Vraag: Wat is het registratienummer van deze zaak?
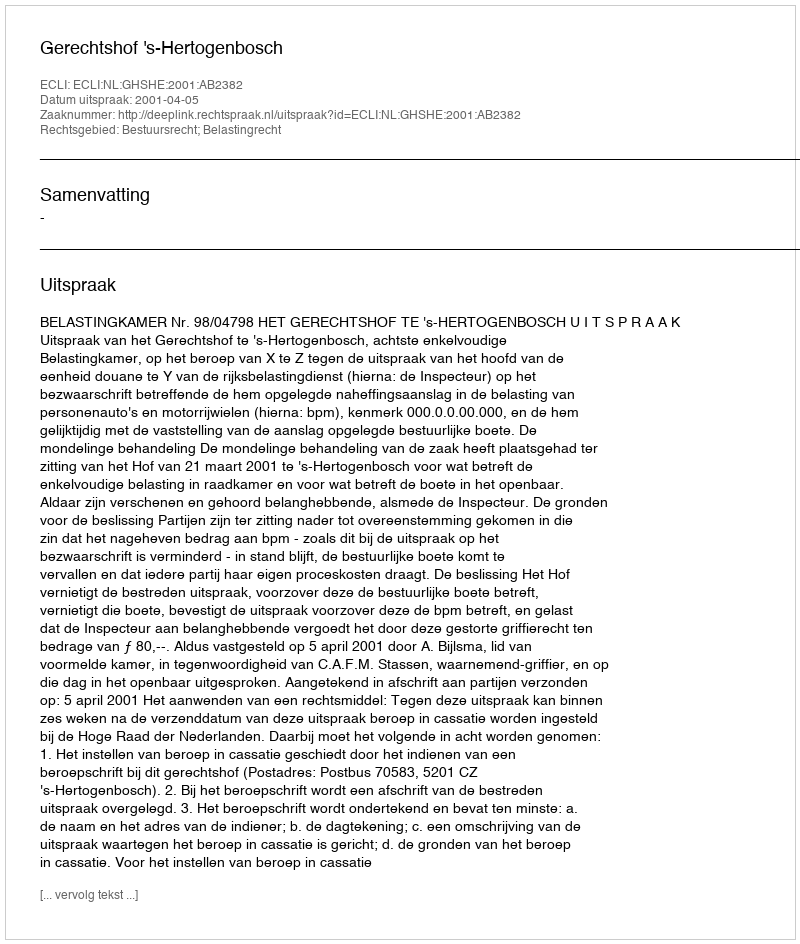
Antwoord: http://deeplink.rechtspraak.nl/uitspraak?id=ECLI:NL:GHSHE:2001:AB2382